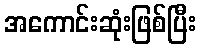
အကောင်းဆုံးဖြစ်ပြီး